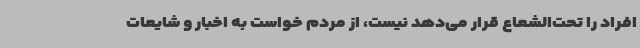
افراد را تحت‌الشعاع قرار می‌دهد نیست، از مردم خواست به اخبار و شایعات